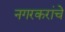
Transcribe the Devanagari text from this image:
नगरकरांचे